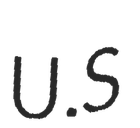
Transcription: U.S